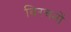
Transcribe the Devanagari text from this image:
विरचनों